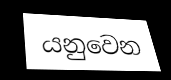
යනුවෙන